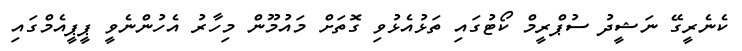
ކެނެރީގޭ ނަޝީދު ސުޕްރީމް ކޯޓުގައި ތަޅުއެޅުވި ގޮތަށް މައުމޫން މިހާރު އެހުންނެވީ ޕީޕީއެމްގައި